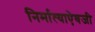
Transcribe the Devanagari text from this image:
निर्मात्याऐवजी